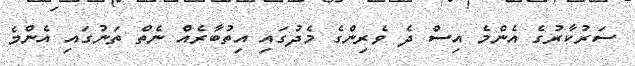
ސަރުކާރުގެ އެންމެ އިސް ދެ ވެރިންގެ މެދުގައި އިތުބާރެއް ނެތް ތަނުގައި އެންމެ